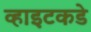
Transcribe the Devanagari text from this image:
व्हाइटकडे